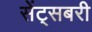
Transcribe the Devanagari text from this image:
सेंट्सबरी